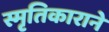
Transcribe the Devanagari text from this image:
स्मृतिकाराने